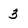
Character: 3